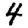
Digit: 4